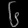
Digit: ၆